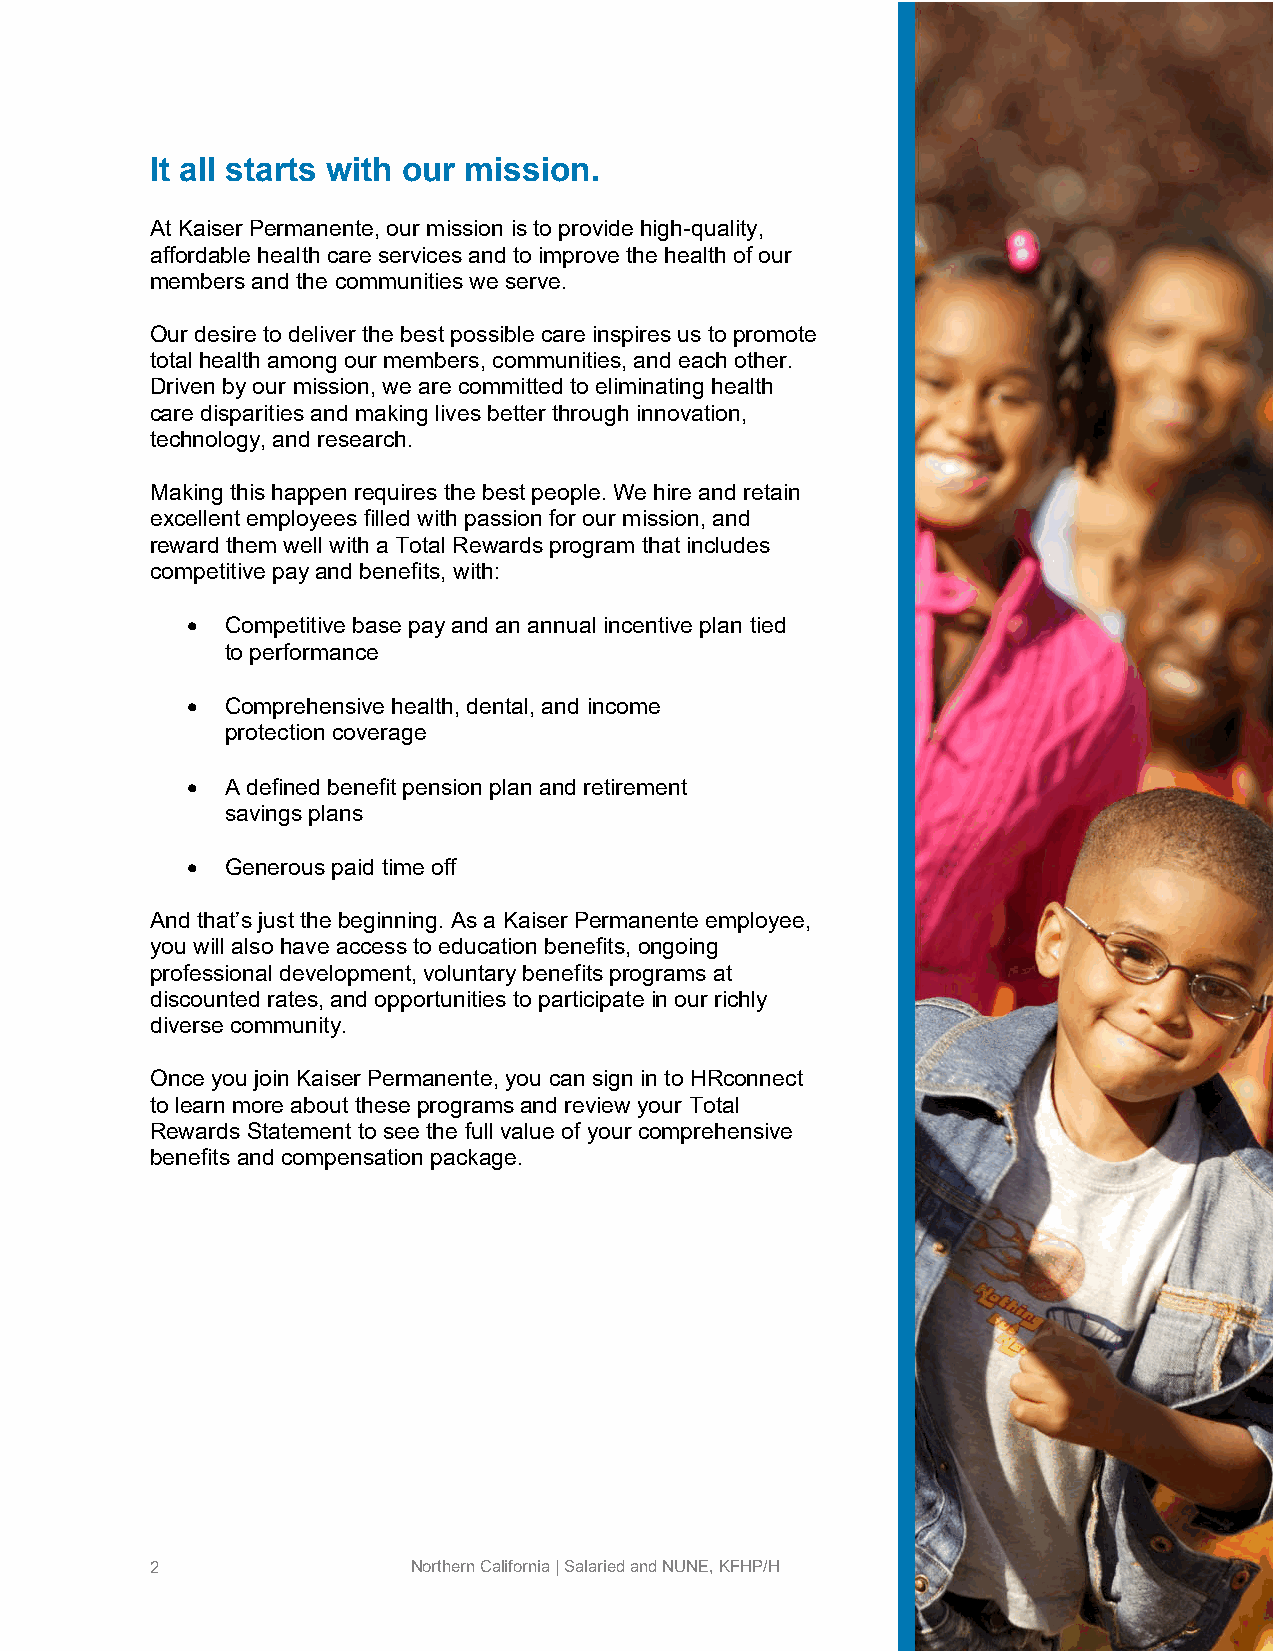
It all starts with our mission.
 At Kaiser Permanente, our mission is to provide high-quality,
 affordable health care services and to improve the health of our
 members and the communities we serve.
 Our desire to deliver the best possible care inspires us to promote
 total health among our members, communities, and each other.
 Driven by our mission, we are committed to eliminating health
 care disparities and making lives better through innovation,
 technology, and research.
 Making this happen requires the best people. We hire and retain
 excellent employees filled with passion for our mission, and
 reward them well with a Total Rewards program that includes
 competitive pay and benefits, with:
   Competitive base pay and an annual incentive plan tied
 to performance
   Comprehensive health, dental, and income
 protection coverage
   A defined benefit pension plan and retirement
 savings plans
   Generous paid time off
 And that’s just the beginning. As a Kaiser Permanente employee,
 you will also have access to education benefits, ongoing
 professional development, voluntary benefits programs at
 discounted rates, and opportunities to participate in our richly
 diverse community.
 Once you join Kaiser Permanente, you can sign in to HRconnect
 to learn more about these programs and review your Total
 Rewards Statement to see the full value of your comprehensive
 benefits and compensation package.
 2                Northern California | Salaried and NUNE, KFHP/H